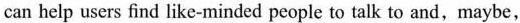
can help users find like-minded people to talk to and,maybe,